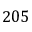
2 0 5